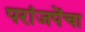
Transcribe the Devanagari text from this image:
परांजपेंचा